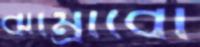
ঝাম্‌রাবো